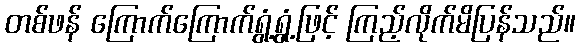
တစ်ဖန် ကြောက်ကြောက်ရွံ့ရွံ့ဖြင့် ကြည့်လိုက်မိပြန်သည်။